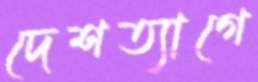
দেশত্যাগে